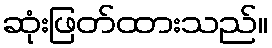
ဆုံးဖြတ်ထားသည်။